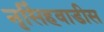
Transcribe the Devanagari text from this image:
नृसिंहवाडीस